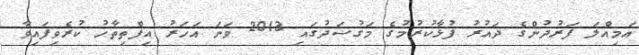
އަމިއްލަ ފަރުދުންގެ ދައުރު ފުޅާކުރުމުގެ މަގުސަދުގައި 2013 ވަނަ އަހަރު އިފްތިތާހު ކުރެވިފައިވާ